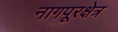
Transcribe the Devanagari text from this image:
नागपूरक्षेत्र